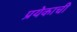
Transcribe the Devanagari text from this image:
प्रयेकाची